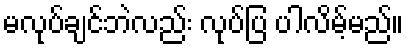
မလုပ်ချင်ဘဲလည်း လုပ်ပြ ပါလိမ့်မည်။